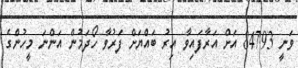
ވަނީ 84793 އަށް އަރާފައިވާ އިރު ބައްޔަށް ފަރުވާ ހޯދަމުން އަންނަ މީހުންގެ